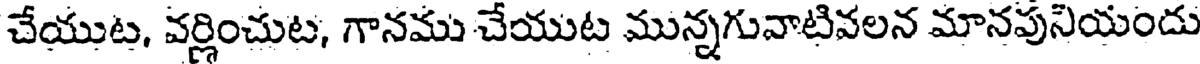
చేయుట, వర్ణించుట, గానము చేయుట మున్నగువాటివలన మానపునియందు